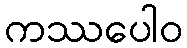
ကဿပေါဝ